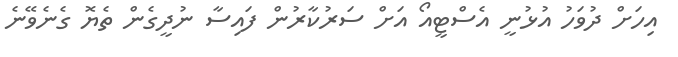
އިހަށް ދުވަހު އުޅުނީ އެސްޓީއޯ އަށް ސަރުކާރުން ފައިސާ ނުދީގެން ތެޔޮ ގެނެވޭނެ